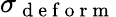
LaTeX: \sigma_{\mathrm{~d~e~f~o~r~m~}}